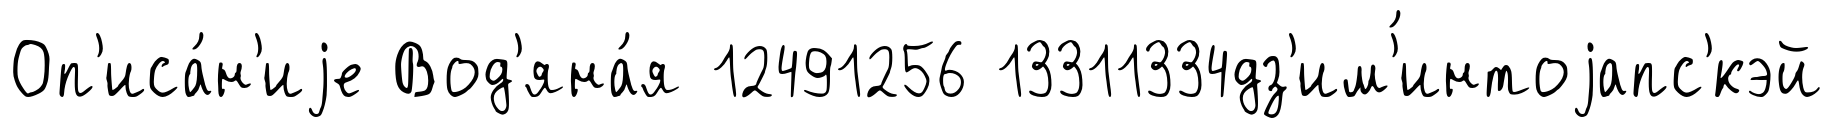
Оп'иса́н'иjе Вод'яна́я 12491256 13311334дз'им'́интоjапс'кэй